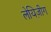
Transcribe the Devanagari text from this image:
लेयिज़ीग